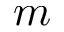
m